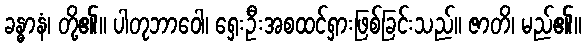
ခန္ဓာနံ၊ တို့၏။ ပါတုဘာဝေါ၊ ရှေးဦးအစထင်ရှားဖြစ်ခြင်းသည်။ ဇာတိ၊ မည်၏။